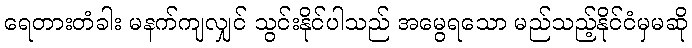
ရေတားတံခါး မနက်ကျလျှင် သွင်းနိုင်ပါသည် အမွေရသော မည်သည့်နိုင်ငံမှမဆို